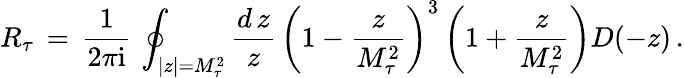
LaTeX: R_{\tau}\, =\, \frac{1}{2\pi\mathrm{i}}\, \oint_{|z|=M_{\tau}^{2}}\frac{d\, z}{z}\, \left(1-{\frac{z}{M_{\tau}^{2}}}\right)^{3}\left(1+{\frac{z}{M_{\tau}^{2}}}\right)D(-z)\, .